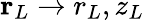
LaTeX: \mathbf{r}_{L}\rightarrow r_{L},z_{L}